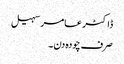
ڈاکٹر عامر سہیل
صرف چودہ دن۔